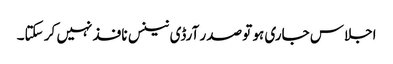
اجلاس جاری ہو تو صدر آرڈی نینس نافذ نہیں کر سکتا۔